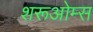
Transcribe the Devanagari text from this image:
शरूओम्स